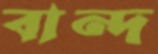
বান্দ